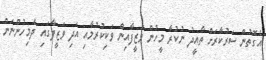
އެގޮތުން ސަރުކާރަށް ތާއީދު ނުކުރާ މީހުން ވަޒީފާއިން ވަކިކުރުމާއި އަދި ވަޒީފާގައި ދެމިހުންނަން